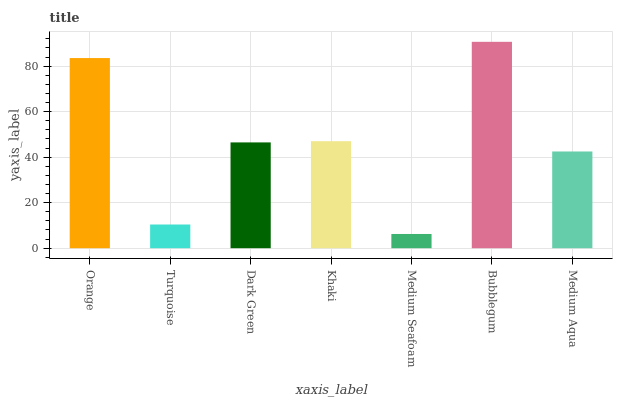
| xaxis_label | bars |
 | --- | --- |
 | Orange | 83.5 |
 | Turquoise | 10.4 |
 | Dark Green | 46.5 |
 | Khaki | 47 |
 | Medium Seafoam | 6.25 |
 | Bubblegum | 90.7 |
 | Medium Aqua | 42.5 |